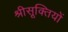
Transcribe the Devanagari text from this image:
श्रीसूक्तियों